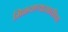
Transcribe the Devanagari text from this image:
मिळवण्यासाठीचा